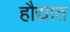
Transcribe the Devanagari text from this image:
हौद्यात